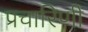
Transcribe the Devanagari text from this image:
प्रचारिणी